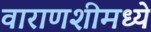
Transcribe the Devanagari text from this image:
वाराणशीमध्ये